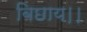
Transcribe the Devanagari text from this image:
बिछाय।।